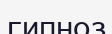
гипноз